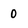
Character: 0